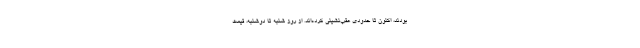
بودند، اکنون تا حدودی عقب‌نشینی کرده‌اند. از روز شنبه تا دوشنبه، قیمت‌